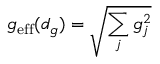
g _ { \mathrm { e f f } } ( d _ { g } ) = \sqrt { \sum _ { j } g _ { j } ^ { 2 } }